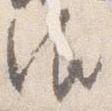
御